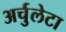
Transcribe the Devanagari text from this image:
अर्चुलेटा